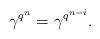
LaTeX: \begin{align*} \gamma^{q^n}=\gamma^{q^{n-i}}. \end{align*}